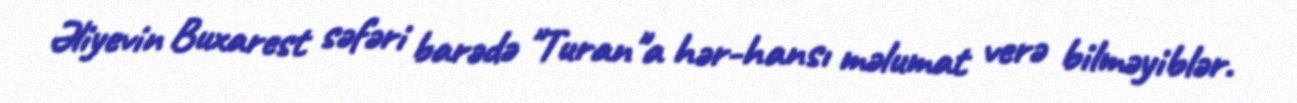
Əliyevin Buxarest səfəri barədə "Turan"a hər-hansı məlumat verə bilməyiblər.